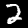
Label: 2